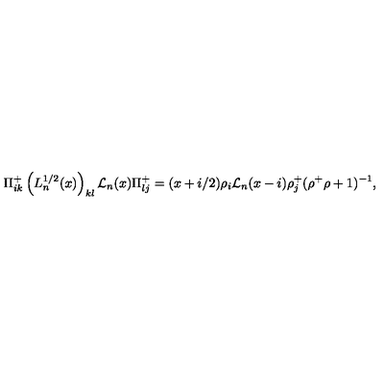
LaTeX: \Pi _ { i k } ^ { + } \left( L _ { n } ^ { 1 / 2 } ( x ) \right) _ { k l } { \cal L } _ { n } ( x ) \Pi _ { l j } ^ { + } = ( x + i / 2 ) \rho _ { i } { \cal L } _ { n } ( x - i ) \rho _ { j } ^ { + } ( \rho ^ { + } \rho + 1 ) ^ { - 1 } ,